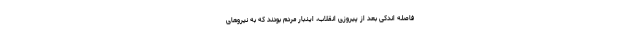
فاصله اندکی بعد از پیروزی انقلاب، اینبار مردم بودند که به نیروهای